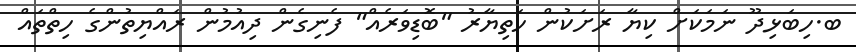
ބ.ހިބަޅިދޫ ނަމަކަށް ކިޔާ ރަށަކުން ހަތިޔާރު "ބޮޑިވަރެއް" ފެނިގެން ދިއުމުން ރައްޔިތުންގެ ހިތްތައް